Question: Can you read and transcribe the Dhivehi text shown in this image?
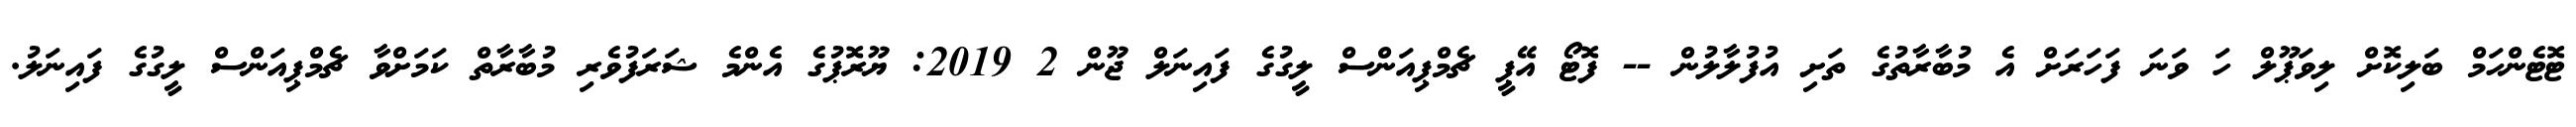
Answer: ޓޮޓެންހަމް ބަލިކޮށް ލިވަޕޫލް ހަ ވަނަ ފަހަރަށް އެ މުބާރާތުގެ ތަށި އުފުލާލުން -- ފޮޓޯ އޭޕީ ޗެމްޕިއަންސް ލީގުގެ ފައިނަލް ޖޫން 2 2019: ޔޫރޮޕުގެ އެންމެ ޝަރަފުވެރި މުބާރާތް ކަމަށްވާ ޗެމްޕިއަންސް ލީގުގެ ފައިނަލު.